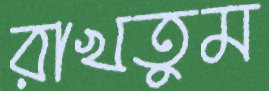
রাখতুম